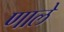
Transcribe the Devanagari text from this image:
णाले